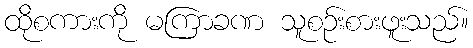
ထိုစကားကို မကြာခဏ သူစဉ်းစားဖူးသည်။